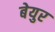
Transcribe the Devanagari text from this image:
बेयुर